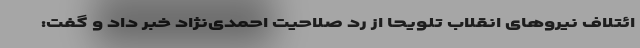
ائتلاف نیروهای انقلاب تلویحا از رد صلاحیت احمدی‌نژاد خبر داد و گفت: